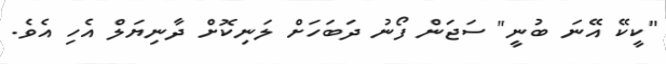
"ކީކޭ އޭނަ ބުނީ" ސަޖަން ފޯނު ދަބަހަށް ލަނިކޮށް ދާނިޔަލް އެހި އެވެ.